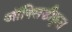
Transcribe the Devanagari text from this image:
ऑक्सिडीकृत